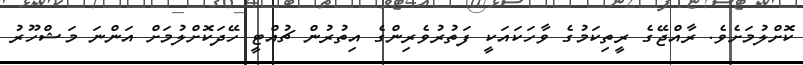
ކޮށްލުމަށެވެ. ރާއްޖޭގެ ރީތިކަމުގެ ވާހަކައަކީ ފަތުރުވެރިންގެ އިތުރުން ޗުއްޓީ ހޭދަކޮށްލުމަށް އަންނަ މަޝްހޫރު